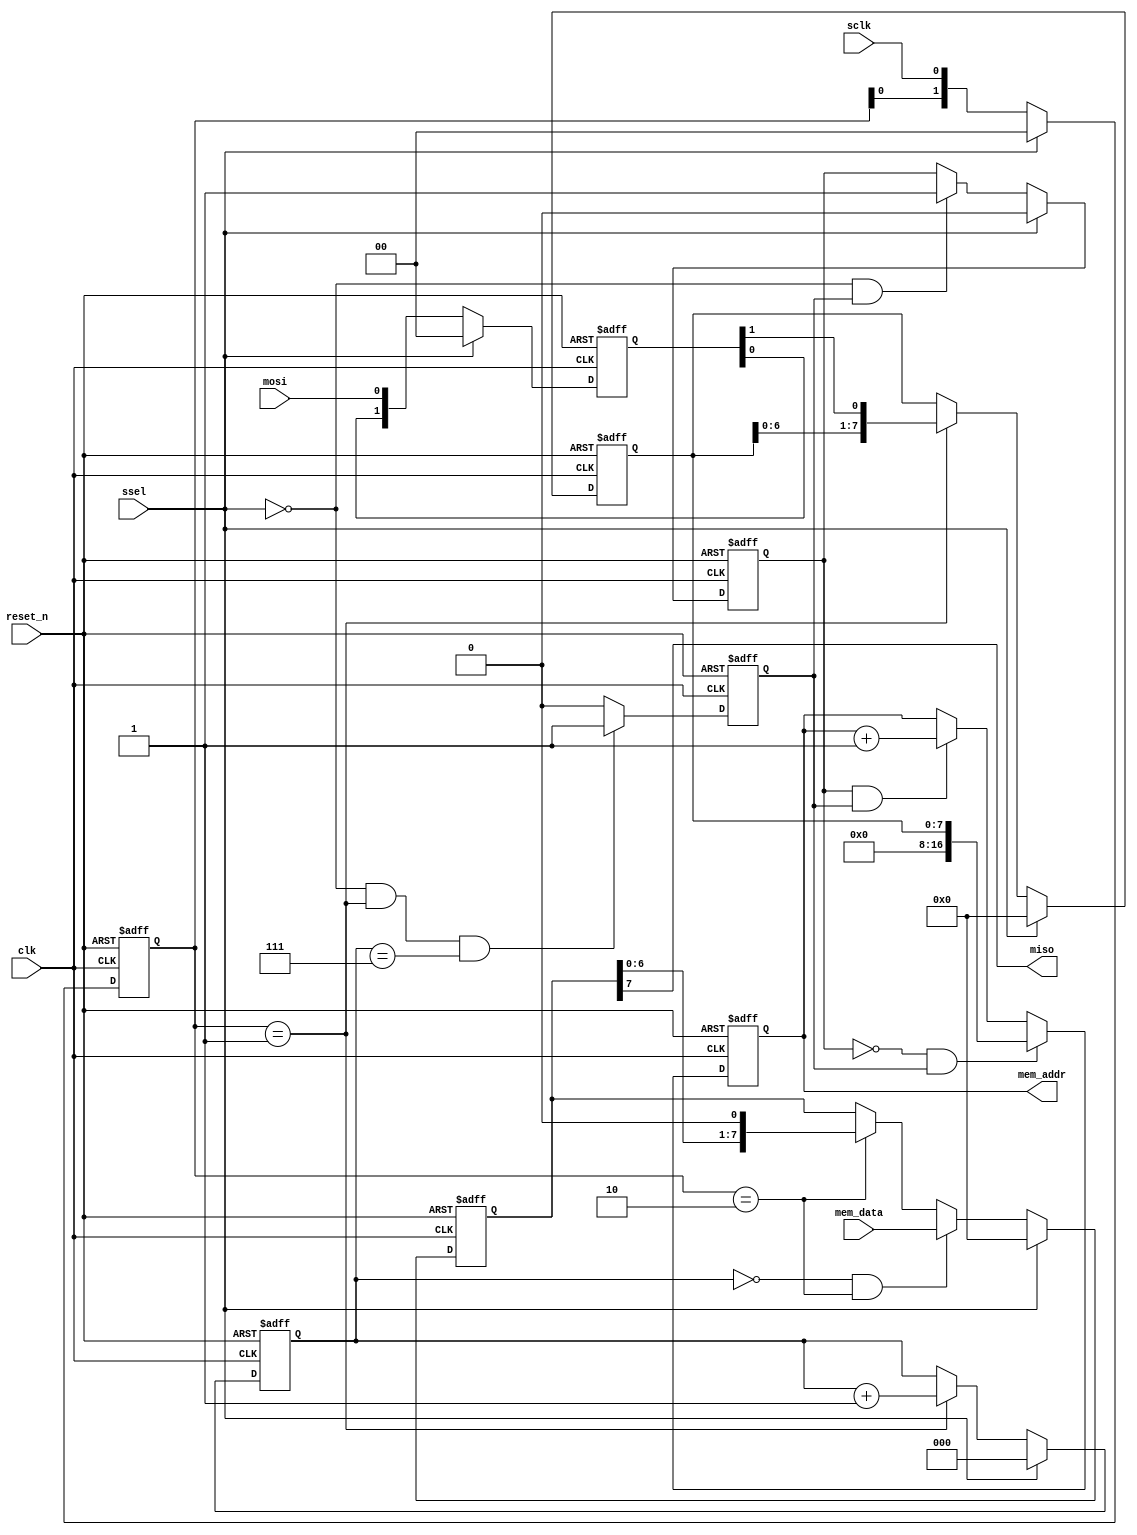
/******************************************************************************
Copyright 2017 Gnarly Grey LLC

Permission is hereby granted, free of charge, to any person obtaining a copy
of this software and associated documentation files (the "Software"), to deal
in the Software without restriction, including without limitation the rights
to use, copy, modify, merge, publish, distribute, sublicense, and/or sell
copies of the Software, and to permit persons to whom the Software is
furnished to do so, subject to the following conditions:

The above copyright notice and this permission notice shall be included in all
copies or substantial portions of the Software.

THE SOFTWARE IS PROVIDED "AS IS", WITHOUT WARRANTY OF ANY KIND, EXPRESS OR
IMPLIED, INCLUDING BUT NOT LIMITED TO THE WARRANTIES OF MERCHANTABILITY,
FITNESS FOR A PARTICULAR PURPOSE AND NONINFRINGEMENT. IN NO EVENT SHALL THE
AUTHORS OR COPYRIGHT HOLDERS BE LIABLE FOR ANY CLAIM, DAMAGES OR OTHER
LIABILITY, WHETHER IN AN ACTION OF CONTRACT, TORT OR OTHERWISE, ARISING FROM,
OUT OF OR IN CONNECTION WITH THE SOFTWARE OR THE USE OR OTHER DEALINGS IN THE
SOFTWARE.
******************************************************************************/

module spi_slave (
  input           clk,
  input           reset_n,
  
  input           sclk,
  input           mosi,
  input           ssel,
  output          miso,
  
  output [16:0]   mem_addr,
  input  [7:0]    mem_data  
  );
  
  
  reg    [1:0]    sclk_reg;
  reg    [1:0]    mosi_reg;
  reg    [2:0]    bit_cnt;
  wire   [7:0]    data_to_send;
  reg    [7:0]    data_to_send_buf;
  reg    [7:0]    data_received;
  reg             byte_received;
  reg             addr_data_flag;
  
  reg    [16:0]   rd_addr_reg;
  
  wire            sclk_rising_edge = (sclk_reg == 2'b01);
  wire            sclk_falling_edge = (sclk_reg == 2'b10);
  wire            mosi_data = mosi_reg[1];
  
  assign          miso = data_to_send_buf[7];
  assign          mem_addr = rd_addr_reg;
  
  always @ (posedge clk or negedge reset_n)
    begin
      if (!reset_n)
        sclk_reg <= 2'b00;
      else
      if (ssel)
        sclk_reg <= 2'b00;
      else
        sclk_reg <= {sclk_reg[0], sclk};      
    end
  
  always @ (posedge clk or negedge reset_n)
    begin
      if (!reset_n)
        mosi_reg <= 2'b00;
      else
      if (ssel)
        mosi_reg <= 2'b00;
      else
        mosi_reg <= {mosi_reg[0], mosi};      
    end
  
  always @ (posedge clk or negedge reset_n)
    begin
      if (!reset_n)
        begin
          bit_cnt <= 3'h0;
          data_received <= 8'h00;
        end
      else
      if (ssel)
        begin
          bit_cnt <= 3'h0;
          data_received <= 8'h00;        
        end
      else
      if (sclk_rising_edge)
        begin
          bit_cnt <= bit_cnt + 3'h1;
          data_received <= {data_received[6:0], mosi_data};
        end
      else
        begin
          bit_cnt <= bit_cnt;
          data_received <= data_received;
        end        
    end
    
  always @ (posedge clk or negedge reset_n)  
    begin
      if (!reset_n)
        byte_received <= 1'b0;
      else
      if ((!ssel) && sclk_rising_edge && (bit_cnt == 3'h7)) 
        byte_received <= 1'b1;
      else
        byte_received <= 1'b0;      
    end
    
  always @ (posedge clk or negedge reset_n)
    begin
      if (!reset_n)
        data_to_send_buf <= 8'h00;
      else
      if (ssel)
        data_to_send_buf <= 8'h00;
      else
      if ((bit_cnt == 3'h0) && sclk_falling_edge)
        data_to_send_buf <= data_to_send;
      else
      if (sclk_falling_edge)
        data_to_send_buf <= {data_to_send_buf[6:0], 1'b0};
      else
        data_to_send_buf <= data_to_send_buf;      
    end    
  
  always @ (posedge clk or negedge reset_n)
    begin
      if (!reset_n)
        addr_data_flag <= 1'b0;
      else
      if (ssel)
        addr_data_flag <= 1'b0;
      else
      if ((!ssel) && byte_received)
        addr_data_flag <= 1'b1;
      else
        addr_data_flag <= addr_data_flag;      
    end
  
  always @ (posedge clk or negedge reset_n)
    begin
      if (!reset_n)
        rd_addr_reg <= 17'h00000;
      else
      if ((!addr_data_flag) && byte_received)     
        rd_addr_reg <= {9'h000, data_received};
      else
      if (addr_data_flag && byte_received)
        rd_addr_reg <= rd_addr_reg + 17'h00001;
      else
        rd_addr_reg <= rd_addr_reg;      
    end  

  assign          data_to_send = mem_data;
  
endmodule